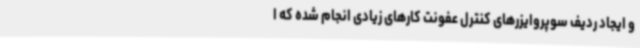
و ایجاد ردیف سوپروایزرهای کنترل عفونت کارهای زیادی انجام شده که ا